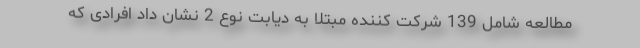
مطالعه شامل 139 شرکت کننده مبتلا به دیابت نوع 2 نشان داد افرادی که